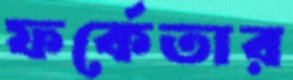
ফর্কেতার